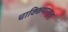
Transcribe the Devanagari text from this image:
चाक्कियारकूत्तु